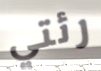
رئتي